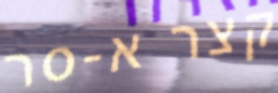
קצר א-סר